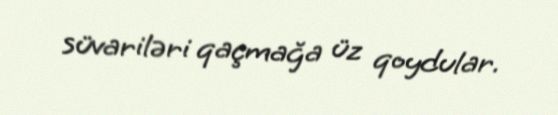
süvariləri qaçmağa üz qoydular.